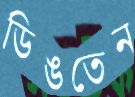
ডিঙতেন